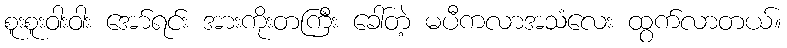
စူးစူးဝါးဝါး အော်ရင်း အားကိုးတကြီး ခေါ်တဲ့ မပီကလာအသံလေး ထွက်လာတယ်။